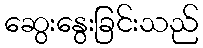
ဆွေးနွေးခြင်းသည်